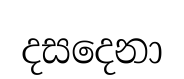
දසදෙනා